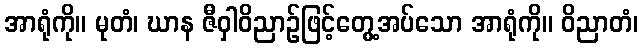
အာရုံကို။ မုတံ၊ ဃာန ဇီဝှါဝိညာဉ်ဖြင့်တွေ့အပ်သော အာရုံကို။ ဝိညာတံ၊